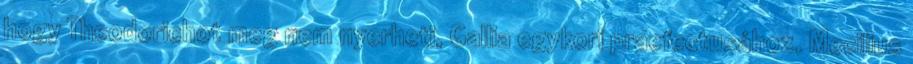
hogy Theodorichot meg nem nyerheti, Gallia egykori praefectusához, Mecilius